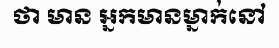
ថា មាន អ្នកមានម្នាក់នៅ